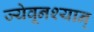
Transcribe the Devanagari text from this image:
ज्येवूनश्यान्